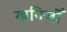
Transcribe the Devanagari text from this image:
खनिजोँ